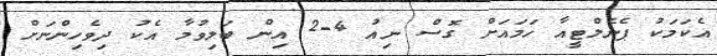
އެކަމަކު ޕެނެލްޓީއާ ހަމައަށް ގޮސް ނިއު 4-2 އިން ބަލިވުމާ އެކު ދިވެހިންނަށް